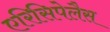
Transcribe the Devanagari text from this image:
एरिसिपेलैस